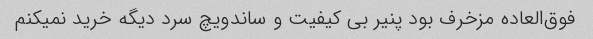
فوق‌العاده مزخرف بود پنیر بی کیفیت و ساندویچ سرد دیگه خرید نمیکنم